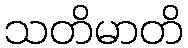
သတိမာတိ